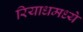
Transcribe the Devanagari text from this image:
रियाधमध्ये